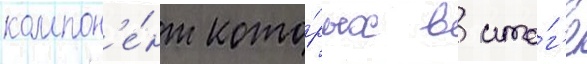
компон'е́нт кото́рых в ито́г'е